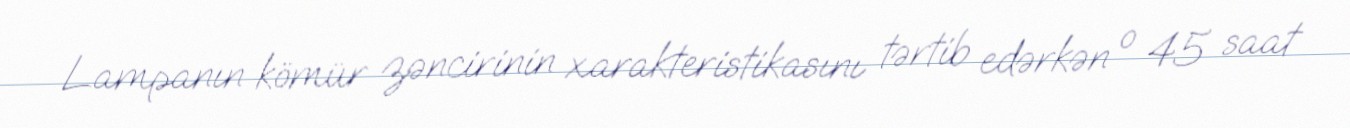
Lampanın kömür zəncirinin xarakteristikasını tərtib edərkən o 45 saat